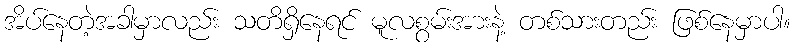
အိပ်နေတဲ့အခါမှာလည်း သတိရှိနေရင် မူလစွမ်းအားနဲ့ တစ်သားတည်း ဖြစ်နေမှာပါ။